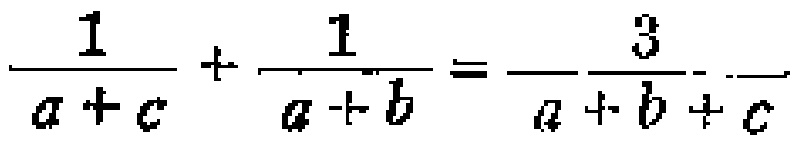
\(\frac{1}{a + c}+\frac{1}{a + b}=\frac{3}{a + b + c}\)